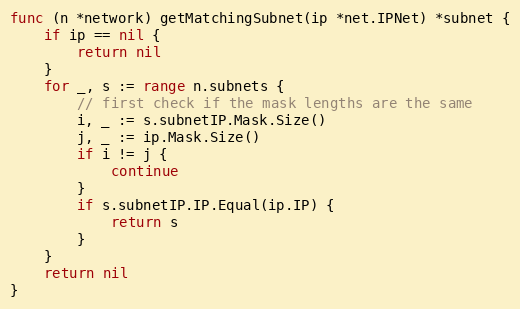
Language: Go
func (n *network) getMatchingSubnet(ip *net.IPNet) *subnet {
	if ip == nil {
		return nil
	}
	for _, s := range n.subnets {
		// first check if the mask lengths are the same
		i, _ := s.subnetIP.Mask.Size()
		j, _ := ip.Mask.Size()
		if i != j {
			continue
		}
		if s.subnetIP.IP.Equal(ip.IP) {
			return s
		}
	}
	return nil
}